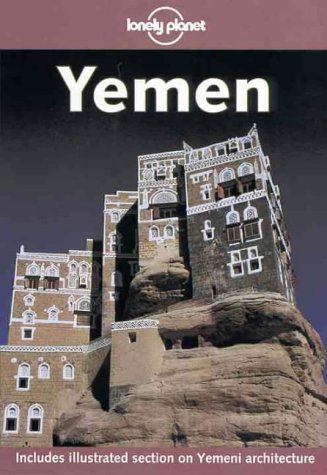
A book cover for Lonely Planet Yemen; Pertti Hamalainen; Travel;